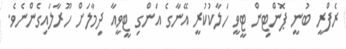
ރެފްރީ ބުނީ ޕޮންޓިން ޓީވީ ހަލާކުކުރީ އޭނާގެ އަންގި ޓީވީއާ ދިމާލަށް ހޫރާލައިގެންނެވެ.